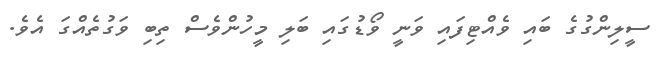
ސީލިންގުގެ ބައި ވެއްޓިފައި ވަނީ ވޯޑުގައި ބަލި މީހުންވެސް ތިބި ވަގުތެއްގަ އެވެ.